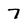
Character: 7